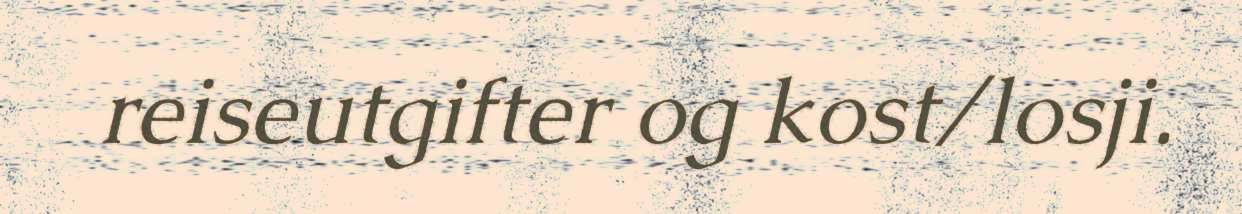
reiseutgifter og kost/losji.